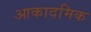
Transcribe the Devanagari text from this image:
आकादमिक